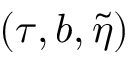
( \tau , b , \tilde { \eta } )